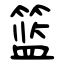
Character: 篮